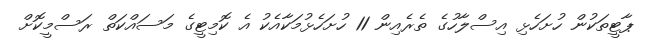
ޕާޓީތަކުން ހުށަހެޅި އިސްލާހުގެ ތެރެއިން 11 ހުށަހެޅުމަކާއެކު އެ ކޮމިޓީގެ މަސައްކަތް ރަސްމީކޮށް